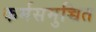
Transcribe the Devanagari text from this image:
कर्मसमुच्चित